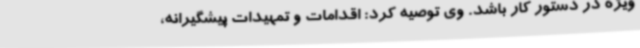
ویژه در دستور کار باشد. وی توصیه کرد: اقدامات و تمهیدات پیشگیرانه،